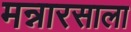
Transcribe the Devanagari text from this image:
मन्नारसाला